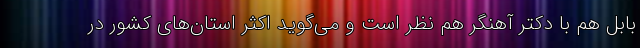
بابل هم با دکتر آهنگر هم نظر است و می‌گوید اکثر استان‌های کشور در